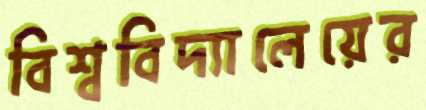
বিশ্ববিদ্যালেয়ের